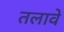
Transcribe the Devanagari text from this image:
तलावे